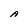
Character: A